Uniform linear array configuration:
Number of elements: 64
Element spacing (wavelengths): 0.25
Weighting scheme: binomial
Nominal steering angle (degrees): -45
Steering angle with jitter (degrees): -45.429
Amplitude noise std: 0.05
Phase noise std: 0.05

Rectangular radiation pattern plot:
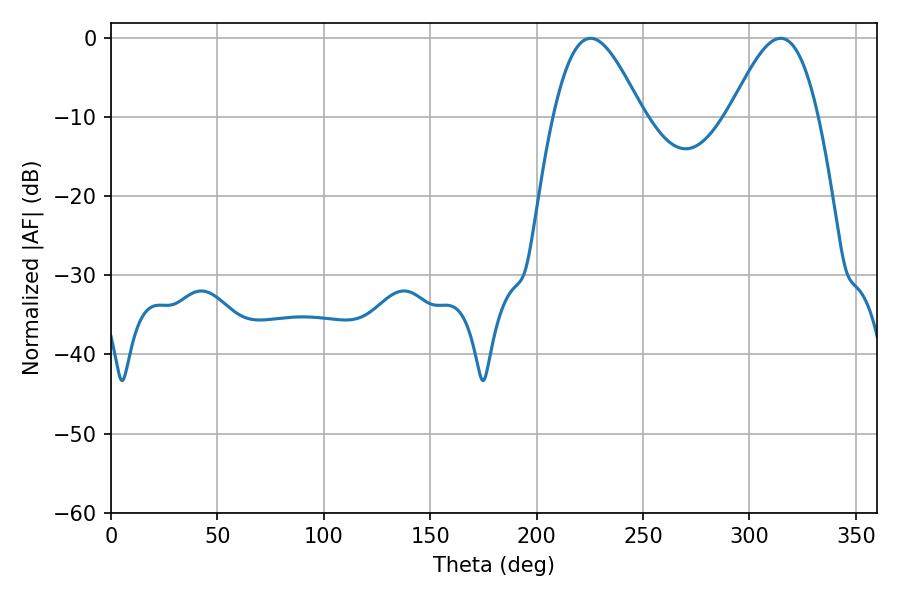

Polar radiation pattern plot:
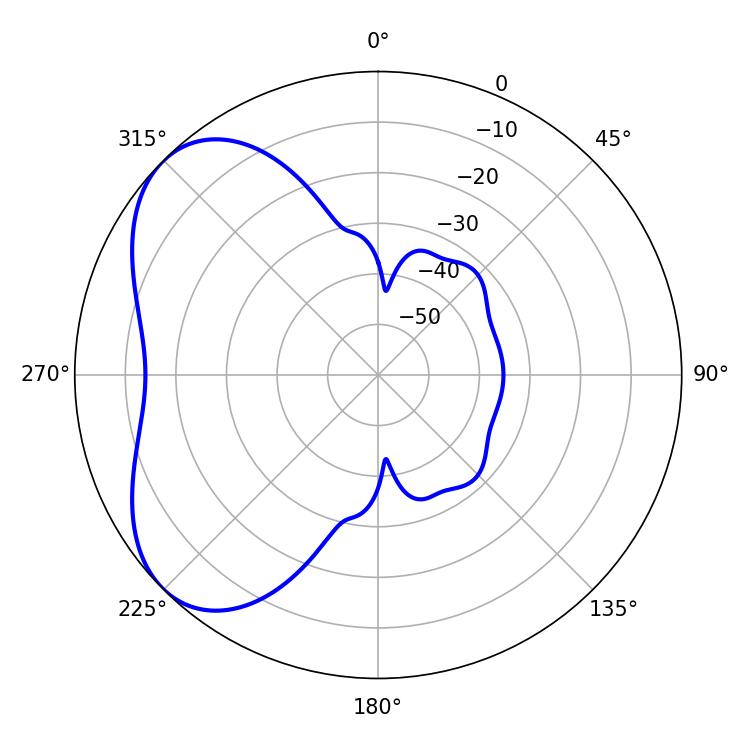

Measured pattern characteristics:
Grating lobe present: FALSE
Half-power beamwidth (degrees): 22.32
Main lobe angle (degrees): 225.36